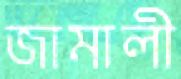
জামালী